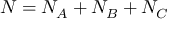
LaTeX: N = N _ { A } + N _ { B } + N _ { C }